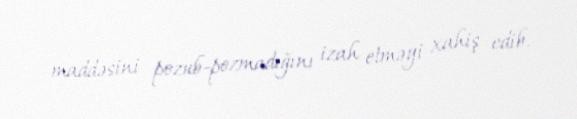
maddəsini pozub-pozmadığını izah etməyi xahiş edib.